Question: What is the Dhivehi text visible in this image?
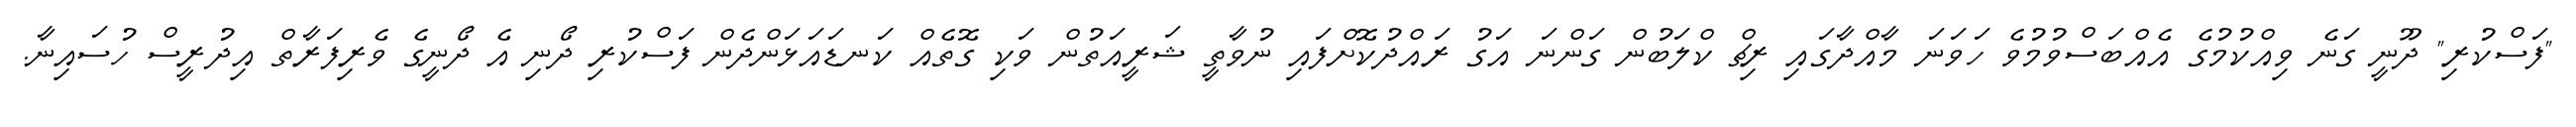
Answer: "ފަސްކުރި" ދޫނީ ގަނެ ވިއްކުމުގެ އެއްބަސްވުމުވެ ހަވަނަ މާއްދާގައި ރިޗް ކްލަބުން ގަންނަ އަގު ރައްދުކޮށްފައި ނުވާތީ ޝަރީއަތުން ވަކި ގޮތެއް ކަނޑައަޅަންދެން ފަސްކުރި ދޯނި އެ ދޯނީގެ ވެރިފަރާތް އިދުރީސް ހުސައިނާ.